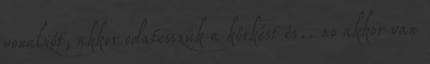
vonalzót, akkor odatesszük a körkést és.. no akkor van